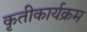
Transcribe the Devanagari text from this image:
कृतीकार्यक्रम